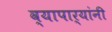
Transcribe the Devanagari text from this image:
व्यापार्यांनी